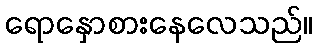
ရောနှောစားနေလေသည်။